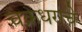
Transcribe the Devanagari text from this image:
चक्रधराचे